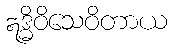
ဣဒ္ဓိဝိသေဝိတာယ